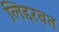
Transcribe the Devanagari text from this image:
लिद्दरवत